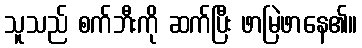
သူသည် စက်ဘီးကို ဆက်ပြီး ဖာမြဲဖာနေ၏။